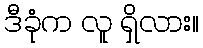
ဒီခုံက လူ ရှိလား။